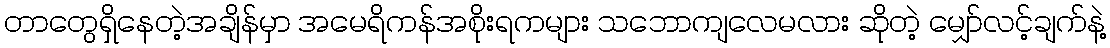
တာတွေရှိနေတဲ့အချိန်မှာ အမေရိကန်အစိုးရကများ သဘောကျလေမလား ဆိုတဲ့ မျှော်လင့်ချက်နဲ့